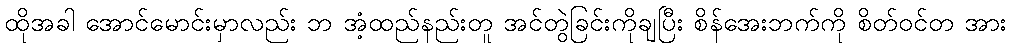
ထိုအခါ အောင်မောင်းမှာလည်း ဘ အံ့ထည်နည်းတူ အင်တွဲခြင်းကိုချပြီး စိန်အေးဘက်ကို စိတ်ဝင်တ အား